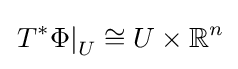
\left.T^{*}\Phi \right|_{U}\cong U\times \mathbb {R} ^{n}